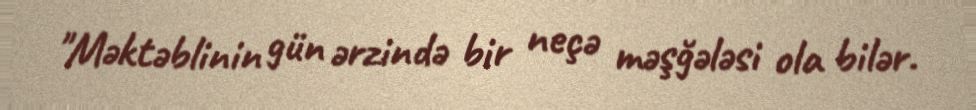
"Məktəblinin gün ərzində bir neçə məşğələsi ola bilər.